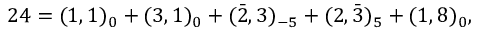
2 4 = ( 1 , 1 ) _ { 0 } + ( 3 , 1 ) _ { 0 } + ( \bar { 2 } , 3 ) _ { - 5 } + ( 2 , \bar { 3 } ) _ { 5 } + ( 1 , 8 ) _ { 0 } ,